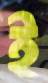
ই